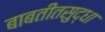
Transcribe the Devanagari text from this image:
बाबतीतसुद्धा